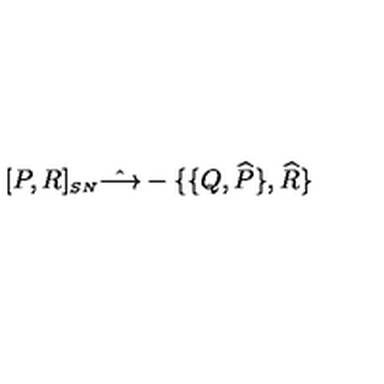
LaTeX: [ P , R ] _ { \scriptscriptstyle S N } \hat { \longrightarrow } - \{ \{ Q , \widehat { P } \} , \widehat { R } \}